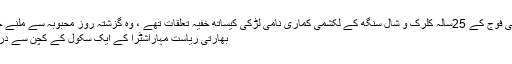
مقامی میڈیا کے مطابق بھارتی فوج کے 25سالہ کلرک و شال سنگھ کے لکشمی کماری نامی لڑکی کیساتھ خفیہ تعلقات تھے ، وہ گزشتہ روز محبوبہ سے ملنے چوری چھپے اس کے گھر ...
بھارتی ریاست مہاراشٹرا کے ایک سکول کے کچن سے درجنوں زہریلی سانپ نکل آئے۔